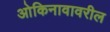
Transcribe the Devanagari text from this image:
ओकिनावावरील